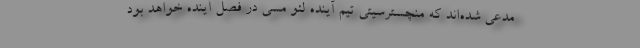
مدعی شده‌اند که منچسترسیتی تیم آینده لئو مسی در فصل آینده خواهد بود